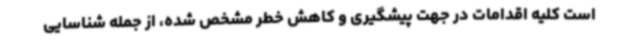
است کلیه اقدامات در جهت پیشگیری و کاهش خطر مشخص شده، از جمله شناسایی